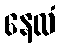
နေလံ